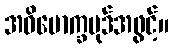
အဓိမောက္ခပုဒ်အဖွင့်။